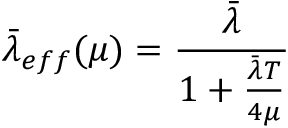
\bar { \lambda } _ { e f f } ( \mu ) = \frac { \bar { \lambda } } { 1 + \frac { \bar { \lambda } T } { 4 \mu } }